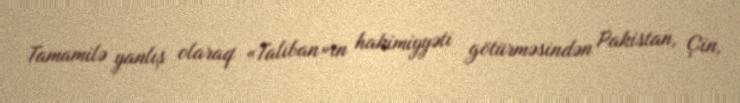
Tamamilə yanlış olaraq «Taliban»ın hakimiyyəti götürməsindən Pakistan, Çin,